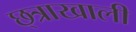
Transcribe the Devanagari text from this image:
छ्त्राखाली